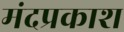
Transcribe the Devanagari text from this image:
मंदप्रकाश